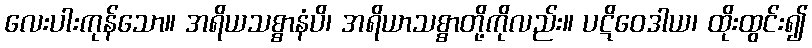
လေးပါးကုန်သော။ အရိယသစ္စာနံပိ၊ အရိယာသစ္စာတို့ကိုလည်း။ ပဋိဝေဒါယ၊ ထိုးထွင်း၍